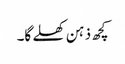
کچھ ذہن کھلے گا۔